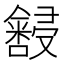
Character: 𫤆